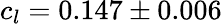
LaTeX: c_{l}=0.147\pm 0.006